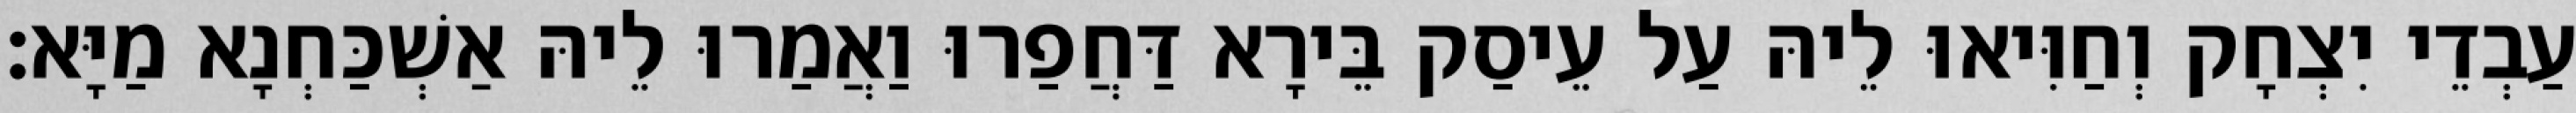
עַבְדֵי יִצְחָק וְחַוִּיאוּ לֵיהּ עַל עֵיסַק בֵּירָא דַּחֲפַרוּ וַאֲמַרוּ לֵיהּ אַשְׁכַּחְנָא מַיָּא׃